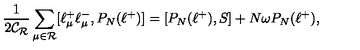
\frac { 1 } { 2 \mathcal { C _ { R } } } \sum _ { \mu \in \mathcal { R } } [ \ell _ { \mu } ^ { + } \ell _ { \mu } ^ { - } , P _ { N } ( \ell ^ { + } ) ] = [ P _ { N } ( \ell ^ { + } ) , S ] + N \omega P _ { N } ( \ell ^ { + } ) ,